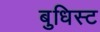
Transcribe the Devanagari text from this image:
बुधिस्ट